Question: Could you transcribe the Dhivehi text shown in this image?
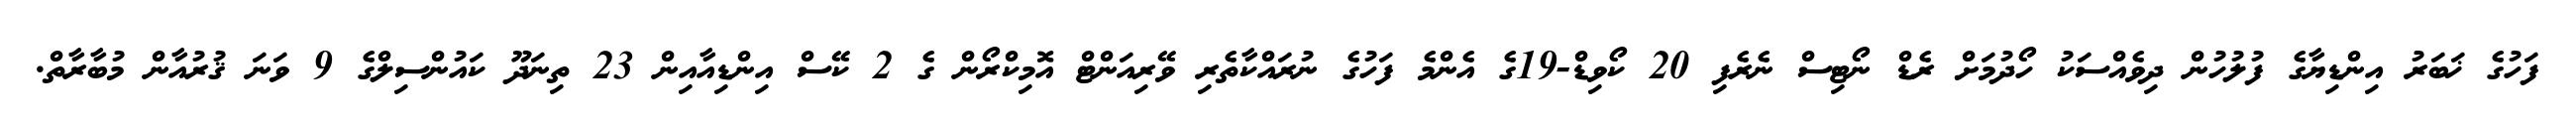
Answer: ފަހުގެ ޚަބަރު އިންޑިޔާގެ ފުލުހުން ދިވެއްސަކު ހޯދުމަށް ރެޑް ނޯޓިސް ނެރެފި 20 ކޯވިޑް-19ގެ އެންމެ ފަހުގެ ނުރައްކާތެރި ވޭރިއަންޓް އޮމިކްރޯން ގެ 2 ކޭސް އިންޑިއާއިން 23 ތިނަދޫ ކައުންސިލްގެ 9 ވަނަ ޤުރުއާން މުބާރާތް.